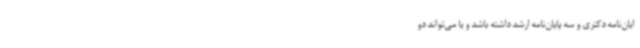
ایان‌نامه دکتری و سه پایان‌نامه ارشد داشته باشد و یا می‌تواند دو